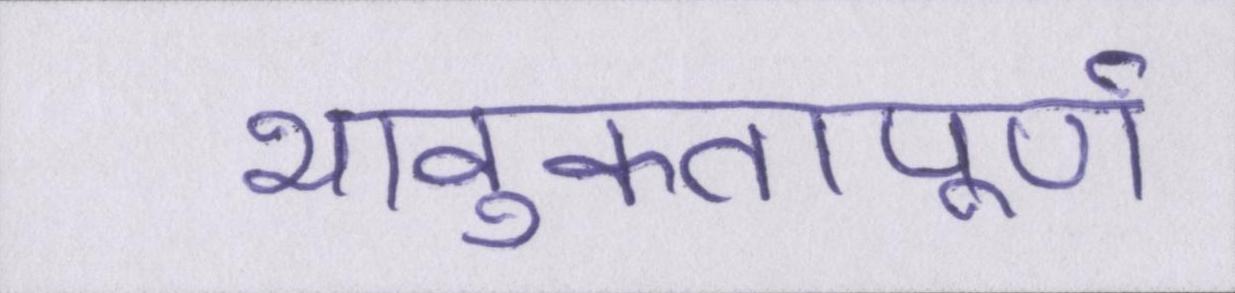
भावुकतापूर्ण